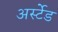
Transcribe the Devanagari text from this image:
अर्स्टेड